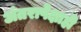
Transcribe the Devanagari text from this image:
अंतरापेक्षाही